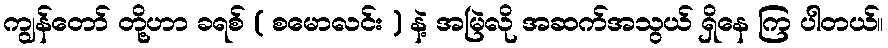
ကျွန်တော် တို့ဟာ ခရစ် ( စမောလင်း ) နဲ့ အမြဲလို အဆက်အသွယ် ရှိနေ ကြ ပါတယ်။